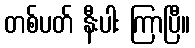
တစ်ပတ် နီးပါး ကြာပြီ။